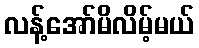
လန့်အော်မိလိမ့်မယ်